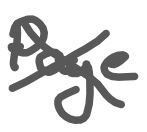
Text: Paye
Cross-out: cross
Writing tool: digital_gray